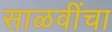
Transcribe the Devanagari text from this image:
साळवींचा